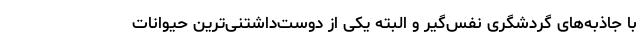
با جاذبه‌های گردشگری نفس‌گیر و البته یکی از دوست‌داشتنی‌ترین حیوانات